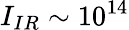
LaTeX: I_{IR}\sim 10^{14}